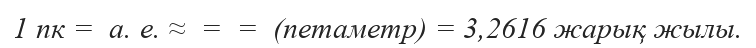
1 пк =  а. е. ≈  =  =  (петаметр) = 3,2616 жарық жылы.